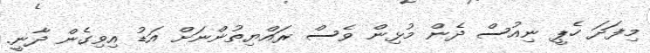
މިފަދަ ހެޕީ ނިއުސް ދެން މުޅިން ވެސް ރައްޔިތުންނަށް އަޑު އިވިގެން ދާނީ.